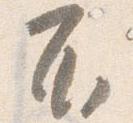
不